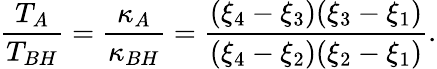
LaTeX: \frac{T_{A}}{T_{BH}}=\frac{\kappa_{A}}{\kappa_{BH}}=\frac{(\xi_{4}-\xi_{3})(\xi_{3}-\xi_{1})}{(\xi_{4}-\xi_{2})(\xi_{2}-\xi_{1})}.